Specificity of antivenomous sera (second communication) - Number 10
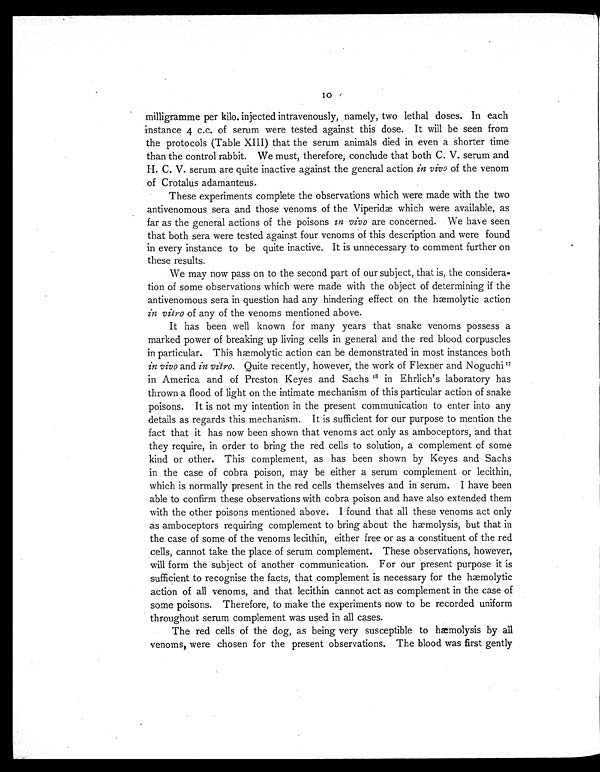
10
milligramme per kilo. injected intravenously, namely, two lethal doses. In each
instance 4 c.c. of serum were tested against this dose. It will be seen from
the protocols (Table XIII) that the serum animals died in even a shorter time
than the control rabbit. We must, therefore, conclude that both C. V. serum and
H. C. V. serum are quite inactive against the general action in vivo of the venom
of Crotalus adamanteus.
These experiments complete the observations which were made with the two
antivenomous sera and those venoms of the Viperidæ which were available, as
far as the general actions of the poisons in vivo are concerned. We have seen
that both sera were tested against four venoms of this description and were found
in every instance to be quite inactive. It is unnecessary to comment further on
these results.
We may now pass on to the second part of our subject, that is, the considera-
tion of some observations which were made with the object of determining if the
antivenomous sera in question had any hindering effect on the hæmolytic action
in vitro of any of the venoms mentioned above.
It has been well known for many years that snake venoms possess a
marked power of breaking up living cells in general and the red blood corpuscles
in particular. This hæmolytic action can be demonstrated in most instances both
in vivo and in vitro. Quite recently, however, the work of Flexner and Noguchi 1 7
in America and of Preston Keyes and Sachs 18in Ehrlich's laboratory has
thrown a flood of light on the intimate mechanism of this particular action of snake
poisons. It is not my intention in the present communication to enter into any
details as regards this mechanism. It is sufficient for our purpose to mention the
fact that it has now been shown that venoms act only as amboceptors, and that
they require, in order to bring the red cells to solution, a complement of some
kind or other. This complement, as has been shown by Keyes and Sachs
in the case of cobra poison, may be either a serum complement or lecithin,
which is normally present in the red cells themselves and in serum. I have been
able to confirm these observations with cobra poison and have also extended them
with the other poisons mentioned above. I found that all these venoms act only
as amboceptors requiring complement to bring about the hæmolysis, but that in
the case of some of the venoms lecithin, either free or as a constituent of the red
cells, cannot take the place of serum complement. These observations, however,
will form the subject of another communication. For our present purpose it is
sufficient to recognise the facts, that complement is necessary for the hæmolytic
action of all venoms, and that lecithin cannot act as complement in the case of
some poisons. Therefore, to make the experiments now to be recorded uniform
throughout serum complement was used in all cases.
The red cells of the dog, as being very susceptible to hæmolysis by all
venoms, were chosen for the present observations. The blood was first gently